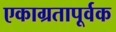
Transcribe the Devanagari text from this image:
एकाग्रतापूर्वक